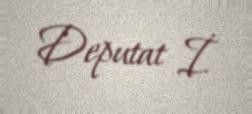
Deputat İ.